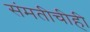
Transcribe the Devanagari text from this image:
संमतीचीही